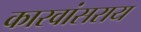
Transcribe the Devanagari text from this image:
कारवांसराय